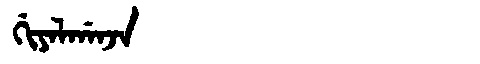
Manchu: ᡤᡳᠶᠠᠯᡤᠠᠨᠵᠠ
Romanization: GIYALGANJA